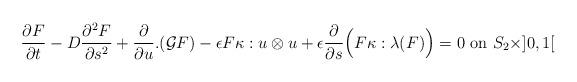
LaTeX: \begin{align*}\frac {\partial F} {\partial t} - D \frac{\partial^2F}{\partial s^2}+ \frac{\partial}{\partial u}.(\mathcal{G}F)-\epsilon F\kappa : u\otimes u+\epsilon \frac{\partial}{\partial s}\Big( F\kappa:\lambda(F)\Big)=0 \textrm{ on } S_2 \times ]0, 1[ \end{align*}